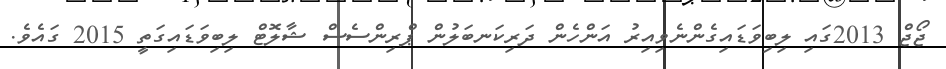
ޖޯޖް 2013ގައި ލިބިވަޑައިގެންނެވިއިރު އަންހެން ދަރިކަނބަލުން ޕްރިންސެސް ޝާލޮޓް ލިބިވަޑައިގަތީ 2015 ގައެވެ.